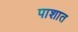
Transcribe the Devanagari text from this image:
पाशात